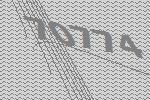
70774